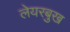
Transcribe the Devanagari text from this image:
लेयरबुख